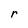
Character: r